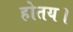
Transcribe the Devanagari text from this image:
होतय।